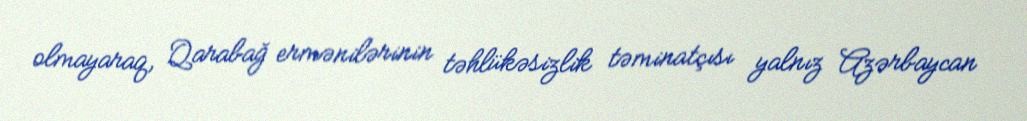
olmayaraq, Qarabağ ermənilərinin təhlükəsizlik təminatçısı yalnız Azərbaycan